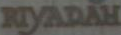
RIYADAH